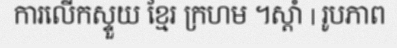
ការលើកស្ទួយ ខ្មែរ ក្រហម ។ស្តាំ | រូបភាព